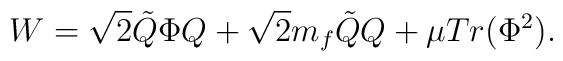
W=\sqrt{2}\tilde{Q}\Phi Q +\sqrt{2}m_{f}\tilde{Q}Q +\mu Tr(\Phi^{2}).